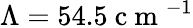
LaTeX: \Lambda=54.5\mathrm{~c~m~}^{-1}